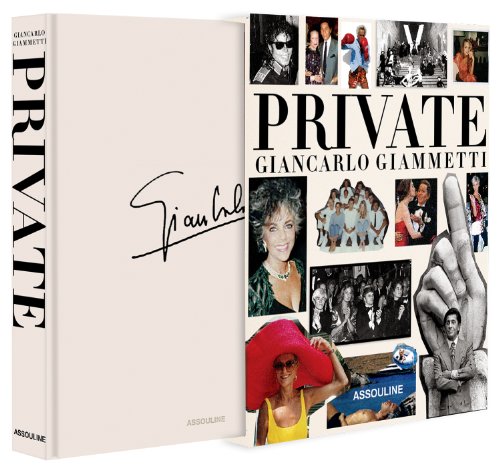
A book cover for Private, Giancarlo Giammetti; Giancarlo Giammetti; Arts & Photography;